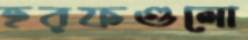
হরফগুলো